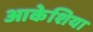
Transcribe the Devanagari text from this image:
आकेशिया